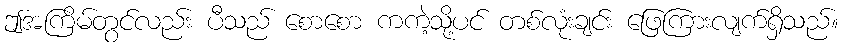
ဤအကြိမ်တွင်လည်း ပီသည် စောစော ကကဲ့သို့ပင် တစ်လုံးချင်း ဖြေကြားလျက်ရှိသည်။